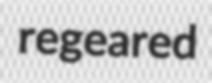
regeared